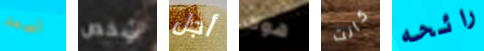
اصعد شخص أجل هوك كانت رائحه